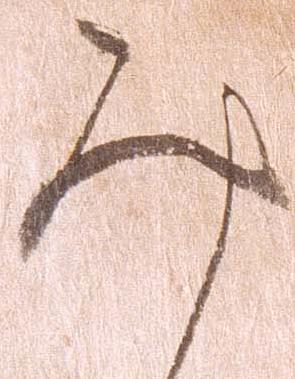
み